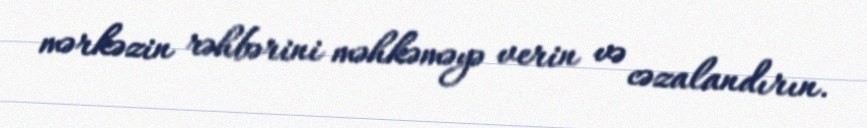
mərkəzin rəhbərini məhkəməyə verin və cəzalandırın.